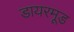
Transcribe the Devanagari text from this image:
डायरमूड